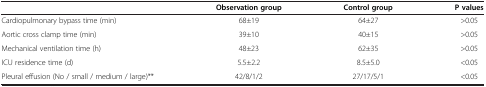
|  | Observation group | Control group | P values |
 | --- | --- | --- | --- |
 | Cardiopulmonary bypass time (min) | 68±19 | 64±27 | >0.05 |
 | Aortic cross clamp time (min) | 39±10 | 40±15 | >0.05 |
 | Mechanical ventilation time (h) | 48±23 | 62±35 | >0.05 |
 | ICU residence time (d) | 5.5±2.2 | 8.5±5.0 | <0.05 |
 | Pleural effusion (No / small / medium / large)** | 42/8/1/2 | 27/17/5/1 | <0.05 |